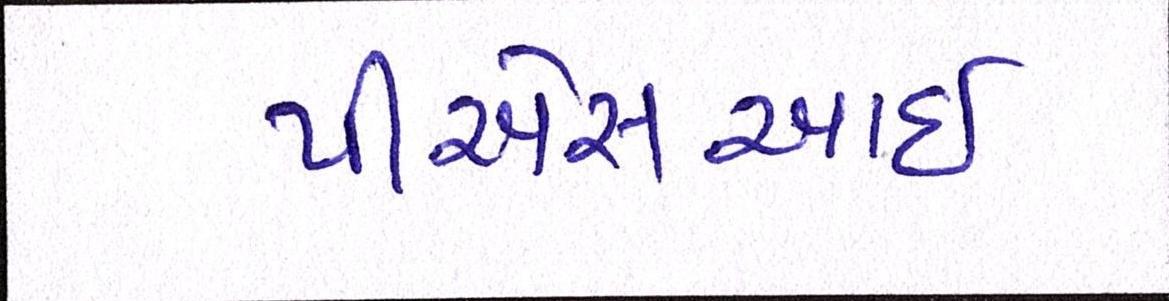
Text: પીએસઆઈ